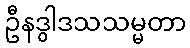
ဦနဒွါဒသသမ္မတာ